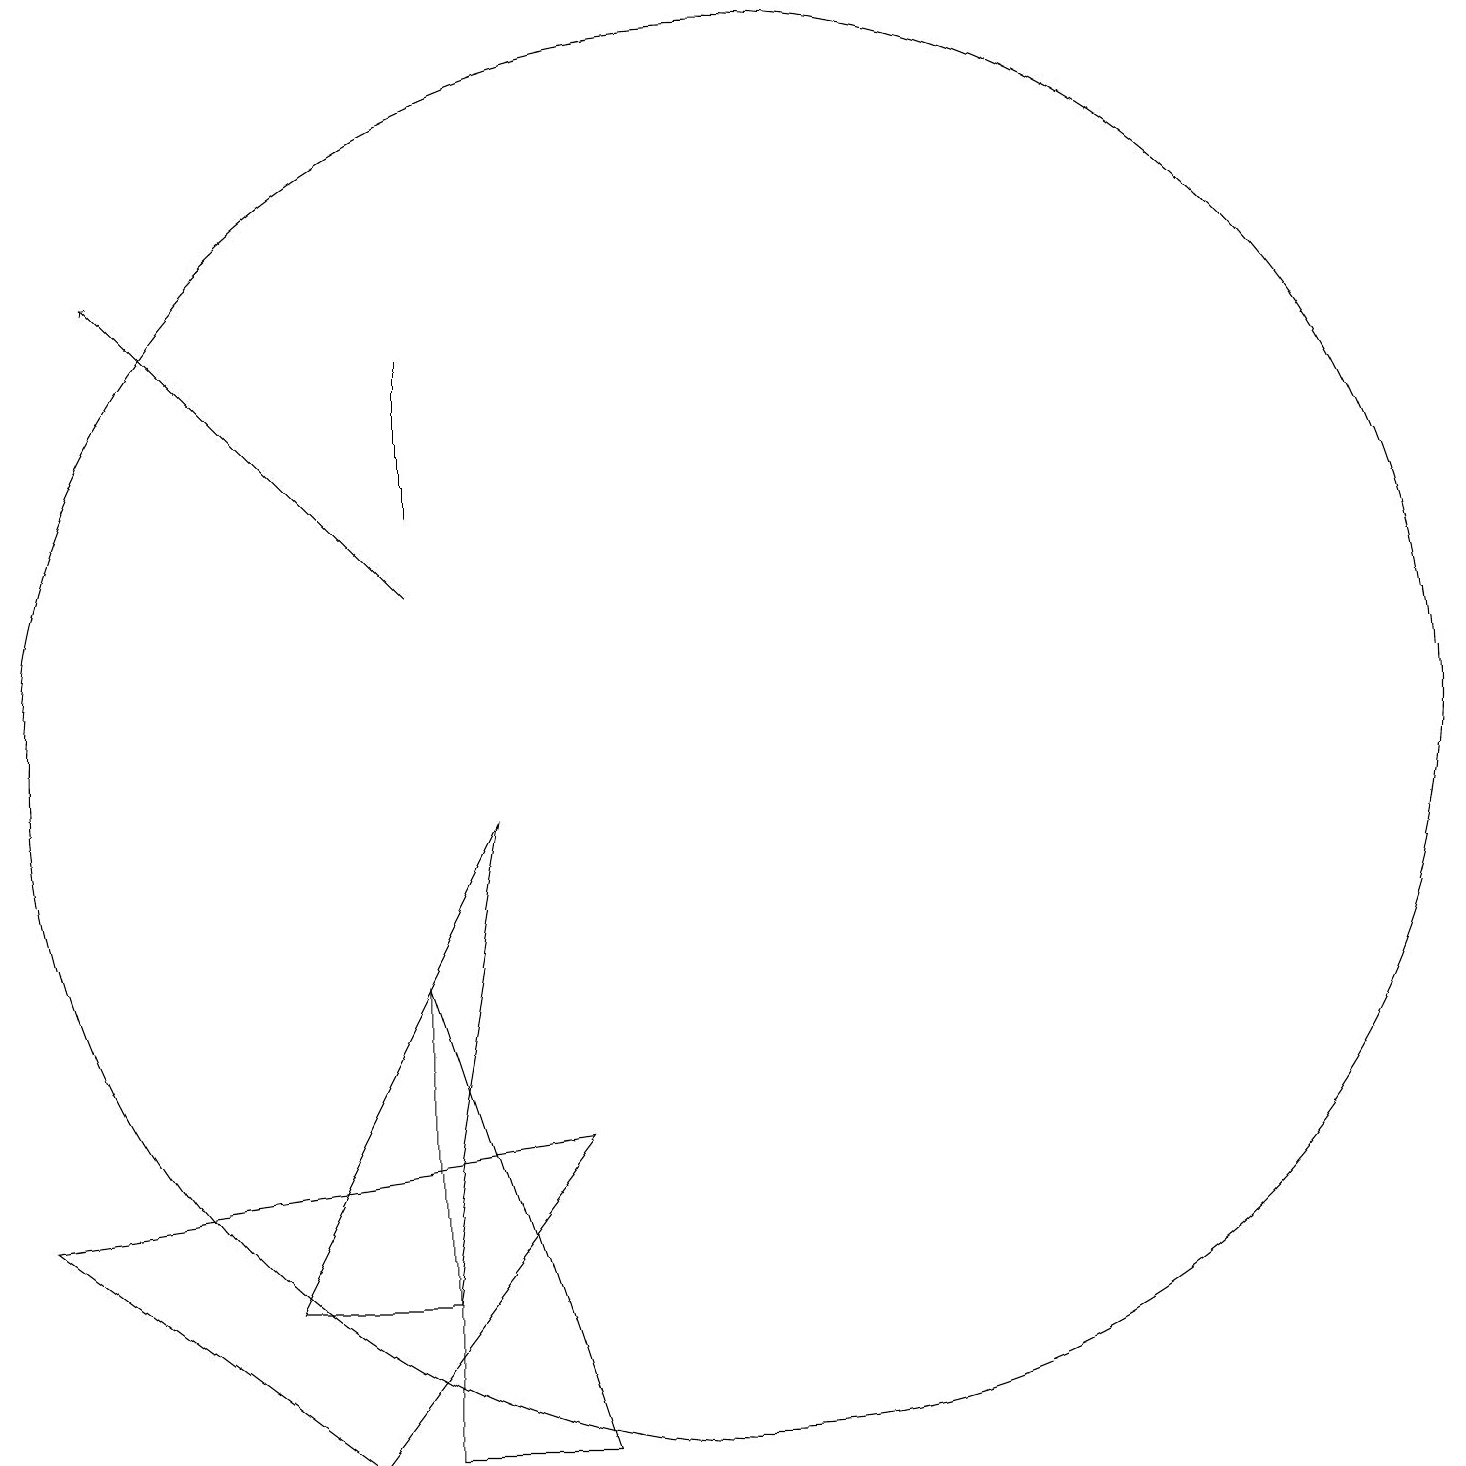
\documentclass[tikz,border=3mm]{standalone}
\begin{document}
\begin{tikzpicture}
\draw (7,13) rectangle (7,15);
\draw (7,7) -- (7,1) -- (9,1) -- cycle;
\draw[->] (7,12) -- (3,16);
\draw (6,1) -- (9,5) -- (2,4) -- cycle;
\draw (8,9) -- (5,3) -- (7,3) -- cycle;
\draw (11,10) circle (9);
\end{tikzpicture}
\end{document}